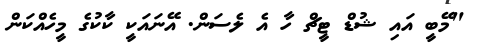
"މޭބީ އައި ޝުޑް ޓީޗް ހާ އެ ލެސަން. އޭނައަކީ ކާކުގެ މީހެއްކަން